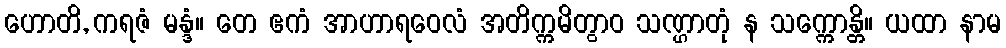
ဟောတိ, ကရဇံ မန္ဒံ။ တေ ဧကံ အာဟာရဝေလံ အတိက္ကမိတွာဝ သဏ္ဌာတုံ န သက္ကောန္တိ။ ယထာ နာမ